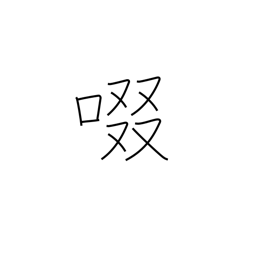
Meaning: suck